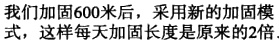
我们加固600米后，采用新的加固模式，这样每天加固长度是原来的2倍